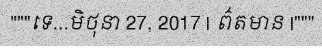
"""ទេ...មិថុនា 27, 2017 | ព៌តមាន |"""